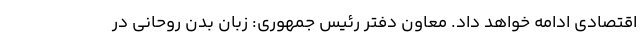
اقتصادی ادامه خواهد داد. معاون دفتر رئیس جمهوری: زبان بدن روحانی در